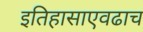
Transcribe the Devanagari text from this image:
इतिहासाएवढाच